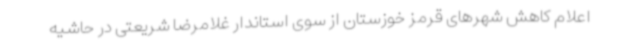
اعلام کاهش شهرهای قرمز خوزستان از سوی استاندار غلامرضا شریعتی در حاشیه